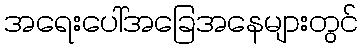
အရေးပေါ်အခြေအနေများတွင်